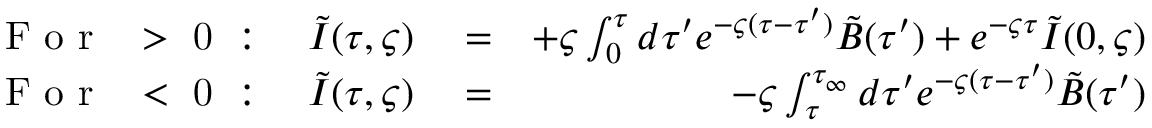
\begin{array} { r l r } { \mathrm { ~ F ~ o ~ r ~ \varsigma ~ > ~ 0 ~ } : \quad \tilde { I } ( \tau , \varsigma ) } & { { } = } & { + \varsigma \int _ { 0 } ^ { \tau } d \tau ^ { \prime } e ^ { - \varsigma ( \tau - \tau ^ { \prime } ) } \tilde { B } ( \tau ^ { \prime } ) + e ^ { - \varsigma \tau } \tilde { I } ( 0 , \varsigma ) } \\ { \mathrm { ~ F ~ o ~ r ~ \varsigma ~ < ~ 0 ~ } : \quad \tilde { I } ( \tau , \varsigma ) } & { { } = } & { - \varsigma \int _ { \tau } ^ { \tau _ { \infty } } d \tau ^ { \prime } e ^ { - \varsigma ( \tau - \tau ^ { \prime } ) } \tilde { B } ( \tau ^ { \prime } ) } \end{array}